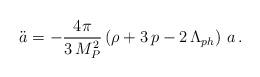
LaTeX: \begin{align*}\ddot{a}=-\frac{4\pi }{3\,M_{P}^{2}}\left( \rho +3\,p-2\,\Lambda_{ph}\right) \,a\,. \end{align*}